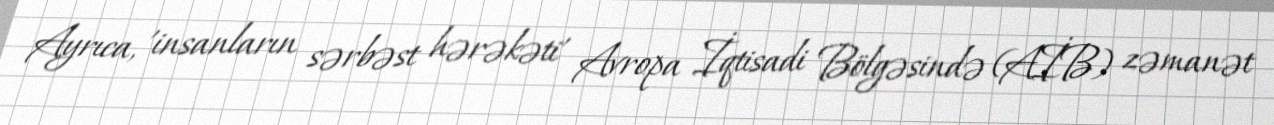
Ayrıca, 'insanların sərbəst hərəkəti' Avropa İqtisadi Bölgəsində (AİB) zəmanət